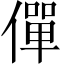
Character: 僤